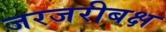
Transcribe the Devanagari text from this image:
जरजरीबक्ष